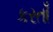
કરતાઁ